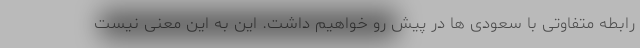
رابطه متفاوتی با سعودی ها در پیش رو خواهیم داشت. این به این معنی نیست